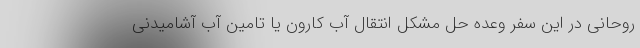
روحانی در این سفر وعده حل مشکل انتقال آب کارون یا تامین آب آشامیدنی